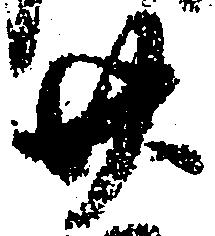
廿